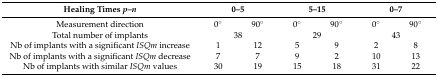
<table><thead><tr><td><b>Healing Times <i>p</i>–<i>n</i></b></td><td colspan="2"><b>0–5</b></td><td colspan="2"><b>5–15</b></td><td colspan="2"><b>0–7</b></td></tr></thead><tbody><tr><td>Measurement direction</td><td>0°</td><td>90°</td><td>0°</td><td>90°</td><td>0°</td><td>90°</td></tr><tr><td>Total number of implants</td><td colspan="2">38</td><td colspan="2">29</td><td colspan="2">43</td></tr><tr><td>Nb of implants with a significant <i>ISQm</i> increase</td><td>1</td><td>12</td><td>5</td><td>9</td><td>2</td><td>8</td></tr><tr><td>Nb of implants with a significant <i>ISQm</i> decrease</td><td>7</td><td>7</td><td>9</td><td>2</td><td>10</td><td>13</td></tr><tr><td>Nb of implants with similar <i>ISQm</i> values</td><td>30</td><td>19</td><td>15</td><td>18</td><td>31</td><td>22</td></tr></tbody></table>